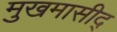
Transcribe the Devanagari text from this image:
मुखमासीद्